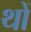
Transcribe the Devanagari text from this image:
थों